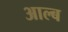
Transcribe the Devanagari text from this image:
आल्ब